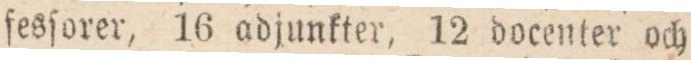
fesſorer, 16 adjunkter, 12 docenter och